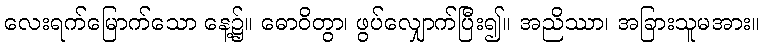
လေးရက်မြောက်သော နေ့၌။ ဓောဝိတွာ၊ ဖွပ်လျှောက်ပြီး၍။ အညိဿာ၊ အခြားသူမအား။